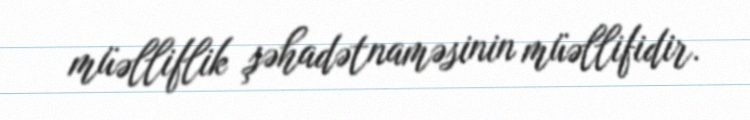
müəlliflik şəhadətnaməsinin müəllifidir.